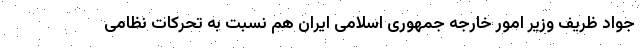
جواد ظریف وزیر امور خارجه جمهوری اسلامی ایران هم نسبت به تحرکات نظامی